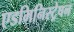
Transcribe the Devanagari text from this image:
एडमिनिस्ट्रेषन